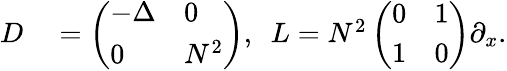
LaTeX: \begin{array}{rl}{D}&{{}=\left(\begin{array}{ll}{-\Delta}&{0}\\ {0}&{N^{2}}\end{array}\right),\, \, \, L=N^{2}\left(\begin{array}{ll}{0}&{1}\\ {1}&{0}\end{array}\right)\partial_{x}.}\end{array}